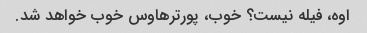
اوه، فیله نیست؟ خوب، پورترهاوس خوب خواهد شد.